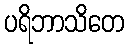
ပရိဘာသိတေ